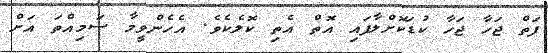
ފަތް ޖަހާ ޖަހާ ކުޑަކޮށްލާފައި އޮތް އެތި ކޮލެކެވެ. އެހެންވީމާ ސަމިއްތަ އަށް